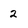
Character: 2